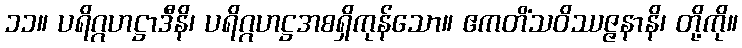
၁၁။ ပရိဂ္ဂဟဋ္ဌာဒီနိ၊ ပရိဂ္ဂဟဋ္ဌအစရှိကုန်သော။ ဧကတိံသဝိဿဇ္ဇနာနိ၊ တို့ကို။